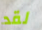
لقد